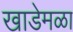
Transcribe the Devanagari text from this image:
खाडेमळा